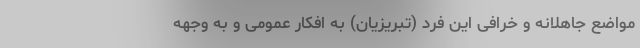
مواضع جاهلانه و خرافی این فرد (تبریزیان) به افکار عمومی و به وجهه